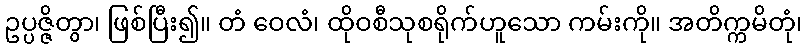
ဥပ္ပဇ္ဇိတွာ၊ ဖြစ်ပြီး၍။ တံ ဝေလံ၊ ထိုဝစီသုစရိုက်ဟူသော ကမ်းကို။ အတိက္ကမိတုံ၊